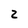
Character: 2